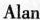
Alan